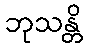
ဘုသန္တိ